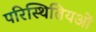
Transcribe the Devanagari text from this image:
परिस्थितियओं